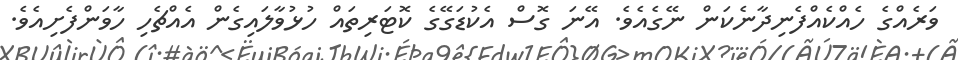
ވަރެއްގެ ހެއްކެއްފެނިދާނެކަން ނޭގެއެވެ. އޭނަ ގޮސް އެކުޑަގޭގެ ކޮޓަރިތައް ހުޅުވާލައިގެން އެއްޗެހި ހާވަންފެށިއެވެ.